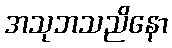
အသုဘသညိနော